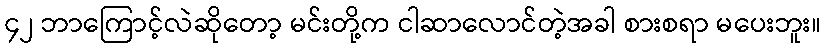
၄၂ ဘာကြောင့်လဲဆိုတော့ မင်းတို့က ငါဆာလောင်တဲ့အခါ စားစရာ မပေးဘူး။